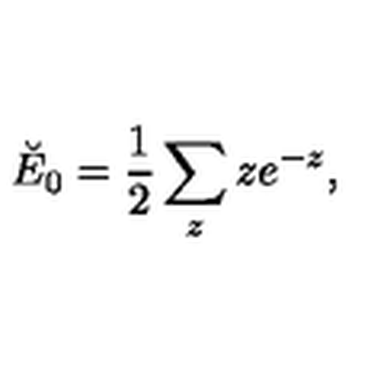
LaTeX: \breve { E } _ { 0 } = \frac 1 2 \sum _ { z } z e ^ { - z } ,